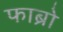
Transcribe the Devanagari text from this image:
फाब्रो